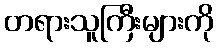
တရားသူကြီးများကို